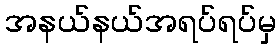
အနယ်နယ်အရပ်ရပ်မှ